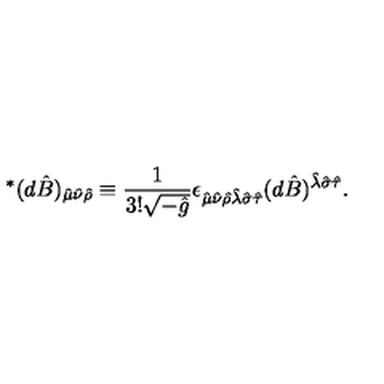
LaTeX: { } ^ { * } ( d \hat { B } ) _ { \hat { \mu } \hat { \nu } \hat { \rho } } \equiv { \frac { 1 } { 3 ! { \sqrt { - { \hat { g } } } } } } \epsilon _ { \hat { \mu } \hat { \nu } \hat { \rho } \hat { \lambda } \hat { \sigma } \hat { \tau } } ( d \hat { B } ) ^ { \hat { \lambda } \hat { \sigma } \hat { \tau } } .